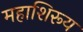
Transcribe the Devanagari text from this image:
महाशिरूय